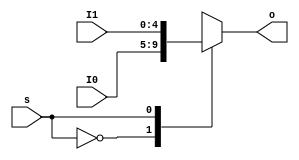
`timescale 1ns / 1ps

module MUX2T1_5 #(parameter WIDTH = 5)(
    input [WIDTH-1:0] I0,
    input [WIDTH-1:0] I1,
    input s,
    output reg [WIDTH-1:0] o
    );
    always @* begin
        case(s)
            0: o = I0;
            1: o = I1;
            default: o = 'bx;
        endcase
    end
endmodule